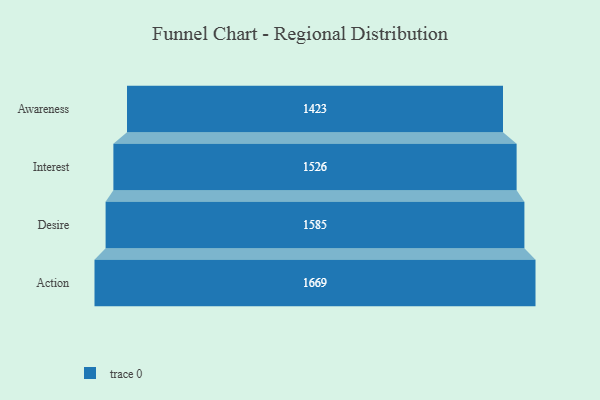
{"axis": {"x": "Stage", "y": "Value"}, "legend": [""], "data": [{"x": "Awareness", "y": 1423.0, "type": ""}, {"x": "Interest", "y": 1526.0, "type": ""}, {"x": "Desire", "y": 1585.0, "type": ""}, {"x": "Action", "y": 1669.0, "type": ""}]}